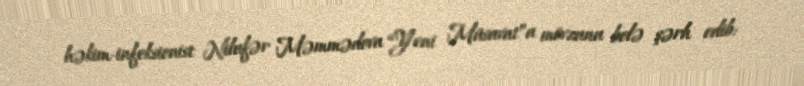
həkim-infeksionist Nilufər Məmmədova “Yeni Müsavat”a mövzunu belə şərh edib: